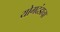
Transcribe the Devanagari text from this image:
योगदंडाचा